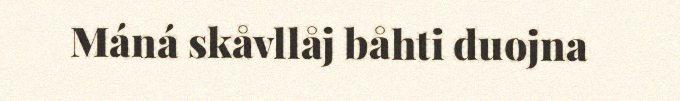
Máná skåvllåj båhti duojna